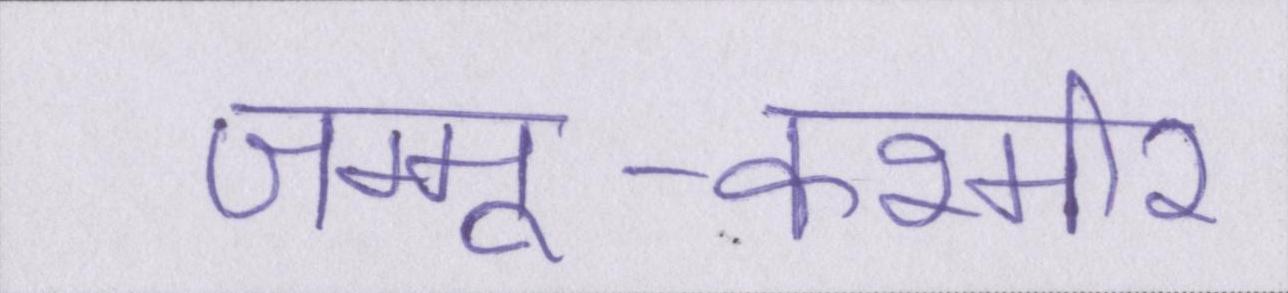
जम्मू-कश्मीर